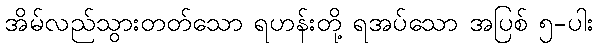
အိမ်လည်သွားတတ်သော ရဟန်းတို့ ရအပ်သော အပြစ် ၅-ပါး